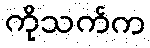
ကိုသက်က